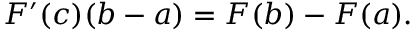
F ^ { \prime } ( c ) ( b - a ) = F ( b ) - F ( a ) .